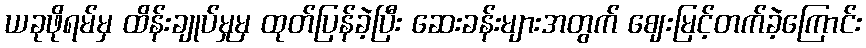
ယခုဖိုရမ်မှ ထိန်းချုပ်မှုမှ ထုတ်ပြန်ခဲ့ပြီး ဆေးခန်းများအတွက် ဈေးမြင့်တက်ခဲ့ကြောင်း